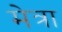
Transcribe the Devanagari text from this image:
मेत्रा